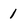
Character: 1